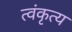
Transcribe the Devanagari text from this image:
त्वंकृत्य